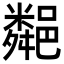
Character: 𨞁